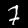
Label: 7